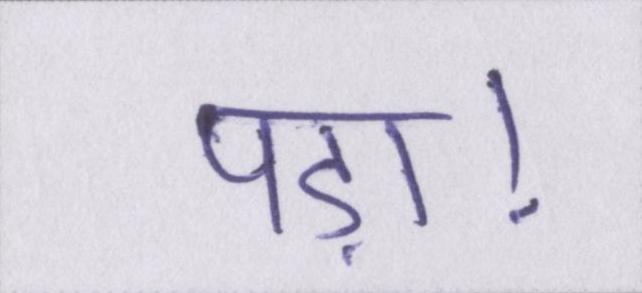
पड़ा।